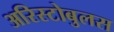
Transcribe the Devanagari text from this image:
अरिस्टोबुलस